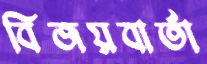
বিজয়বার্তা